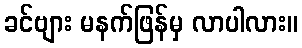
ခင်ဗျား မနက်ဖြန်မှ လာပါလား။